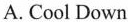
A. Cool Down